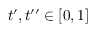
t ^ { \prime } , t ^ { \prime \prime } \in \lbrack 0 , 1 ]